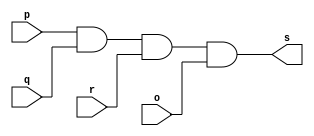
// --------------------- 
// Exercicio0008 - AND 
// Nome: Marcio Enio G Dutra Junior 
// --------------------- 
 
// --------------------- 
// -- and gate 
// --------------------- 
 
module andgate (output s, input p, input q, input r, input o); 
	assign s = p&q&r&o; 
endmodule // and 
 
// --------------------- 
// -- test andgate 
// --------------------- 
module testandgate; 
// ------------------------- dados locais 
   reg   a,b,c,d; // definir registrador 
   wire  s;    // definir conexao (fio) 
// ------------------------- instancia 
   andgate AND1 (s, a, b, c, d); 
 
// ------------------------- preparacao 
   initial begin:start 
            a=0;
            b=0;
				c=0;
				d=0; 
   end 
 
// ------------------------- parte principal 
   initial begin:main 
         $display("Exercicio0008 - Marcio Enio G Dutra Junior - 441698"); 
         $display("Test and gate"); 
         $display("\np & q & r & o  =  s\n"); 
 	#1    $monitor("%b & %b & %b & %b  =  %b", a, b, c, d, s); 
	#1		a=0; b=0; c=0; d=1;
	#1		a=0; b=0; c=1; d=0;
	#1		a=0; b=0; c=1; d=1;
	#1		a=0; b=1; c=0; d=0;
	#1		a=0; b=1; c=0; d=1;
	#1		a=0; b=1; c=1; d=0;
	#1		a=0; b=1; c=1; d=1;
	#1		a=1; b=0; c=0; d=0;
	#1		a=1; b=0; c=0; d=1;
	#1		a=1; b=0; c=1; d=0;
	#1		a=1; b=0; c=1; d=1;
	#1		a=1; b=1; c=0; d=0;
	#1		a=1; b=1; c=0; d=1;
	#1		a=1; b=1; c=1; d=0;
	#1		a=1; b=1; c=1; d=1;

 
 end 
 
endmodule // testandgate